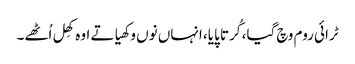
ٹرائی روم وچ گیا، کُرتا پایا، انہاں نوں وکھیا تے اوہ کھِل اُٹھے۔